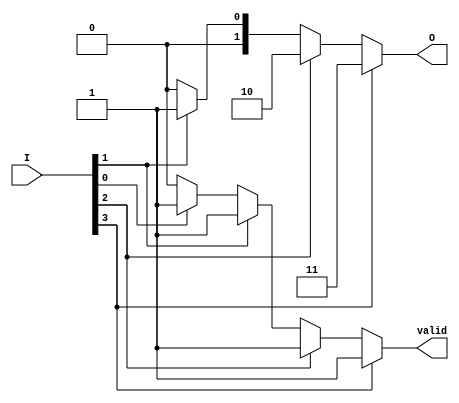
module simple_binary_encoder (
    input wire [3:0] I,      // 4 input lines
    output reg [1:0] O,      // 2 output lines
    output reg valid          // Output valid signal
);

    always @* begin
        // Default case: no active inputs
        O = 2'b00;      // Default output (undefined state)
        valid = 1'b0;   // No active input
        
        // Check for active lines and priority encoding
        if (I[3]) begin
            O = 2'b11;  // If I[3] is active, output 11
            valid = 1'b1; // Valid output
        end
        else if (I[2]) begin
            O = 2'b10;  // If I[2] is active, output 10
            valid = 1'b1; // Valid output
        end
        else if (I[1]) begin
            O = 2'b01;  // If I[1] is active, output 01
            valid = 1'b1; // Valid output
        end
        else if (I[0]) begin
            O = 2'b00;  // If I[0] is active, output 00
            valid = 1'b1; // Valid output
        end
    end
endmodule